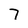
Character: 7